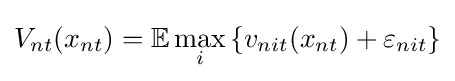
V_{nt}(x_{nt})=\mathbb {E} \max _{i}\left\{v_{nit}(x_{nt})+\varepsilon _{nit}\right\}